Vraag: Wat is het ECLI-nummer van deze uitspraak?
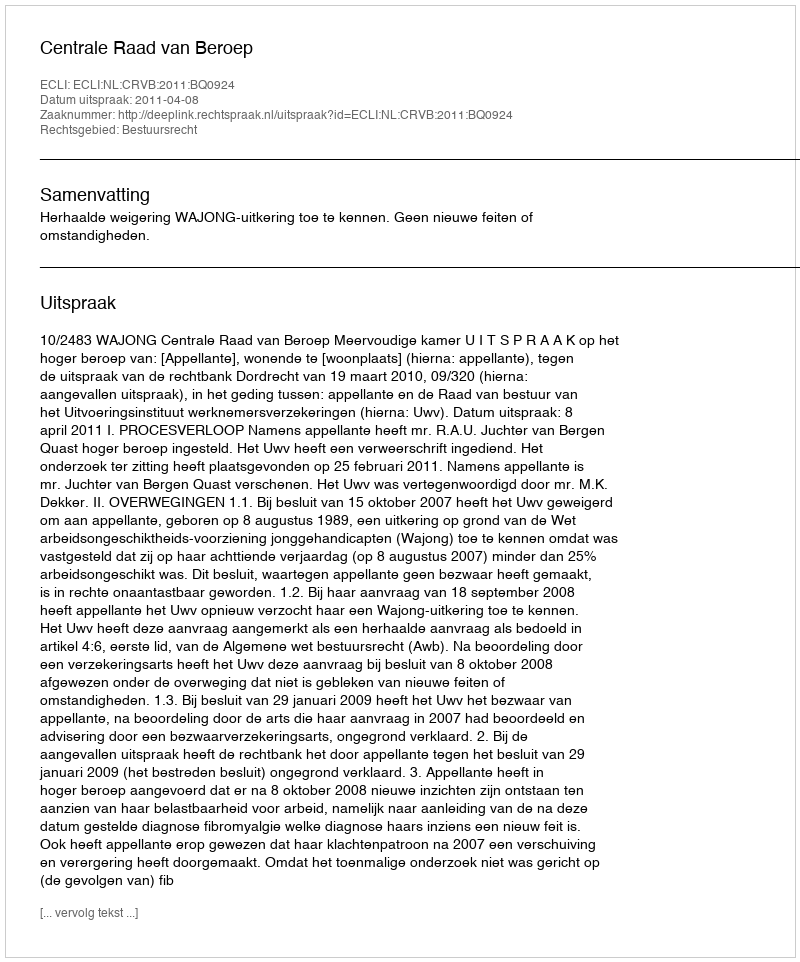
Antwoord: ECLI:NL:CRVB:2011:BQ0924